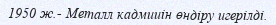
1950 ж.- Металл кадмииін өндіру игерілді.